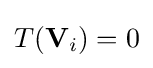
T(\mathbf {V} _{i})=0